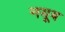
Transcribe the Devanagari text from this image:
नयूब